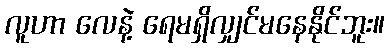
လူဟာ လေနဲ့ ရေမရှိလျှင်မနေနိုင်ဘူး။